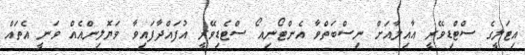
އިޓަލީގެ ސްޓްޑިވޭރީ ޢާއިލާއަށް ނިސްބަތްވާ އެންޓޯނިއޯ ސްޓެޑިވޭރީ އުފައްދާފައިވާ ވަޔޮލިންއެއް ވަނީ އެތައް